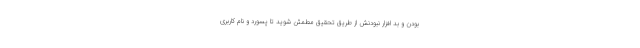
بودن و بد افزار نبودنش از طریق تحقیق مطمئن شوید تا پسورد و نام کاربری